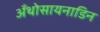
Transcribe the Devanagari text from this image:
अँथोसायनाडिन